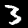
Digit: 3